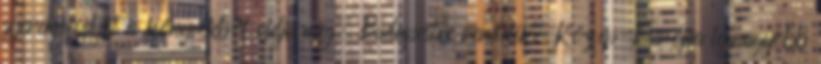
gyereknevelést is könyvekből oldja meg. Budapestre rendelik, Közép-Európa legnagyobb